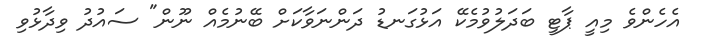
އެހެންވެ މިއީ ޕާޓީ ބަދަލުވުމެކޭ އަޅުގަނޑު ދަންނަވާކަށް ބޭނުމެއް ނޫން" ސައުދު ވިދާޅުވި